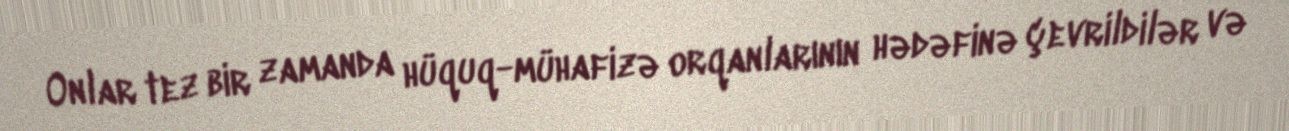
Onlar tez bir zamanda hüquq-mühafizə orqanlarının hədəfinə çevrildilər və